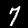
Label: 7